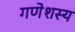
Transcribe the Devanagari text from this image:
गणेशस्य